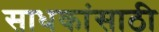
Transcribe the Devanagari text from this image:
साधकांसाठी